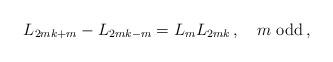
LaTeX: \begin{align*}L_{2mk + m} - L_{2mk - m} = L_m L_{2mk}\,,\quad\mbox{$m$ odd}\,, \end{align*}